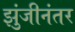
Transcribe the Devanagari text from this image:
झुंजीनंतर